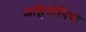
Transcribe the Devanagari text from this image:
आंहेदोनिया